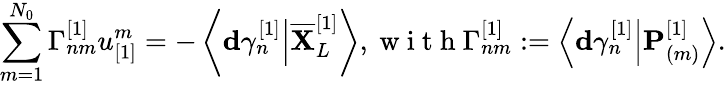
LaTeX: \sum_{m=1}^{N_{0}}\Gamma_{nm}^{[1]}u_{[1]}^{m}=-\left\langle\mathbf{d}\gamma_{n}^{[1]}\Big\vert\overline{{\mathbf{X}}}_{L}^{[1]}\right\rangle,\mathrm{~w~i~t~h~}\Gamma_{nm}^{[1]}:=\left\langle\mathbf{d}\gamma_{n}^{[1]}\Big\vert\mathbf{P}_{(m)}^{[1]}\right\rangle.